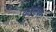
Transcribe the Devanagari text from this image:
कालपर